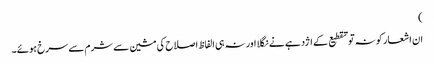
)
ان اشعار کو نہ تو تقطیع کے اژدہے نے نگلا اور نہ ہی الفاظ اصلاح کی مشین سے شرم سے سرخ ہوئے۔